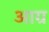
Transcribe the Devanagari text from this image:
आग्र